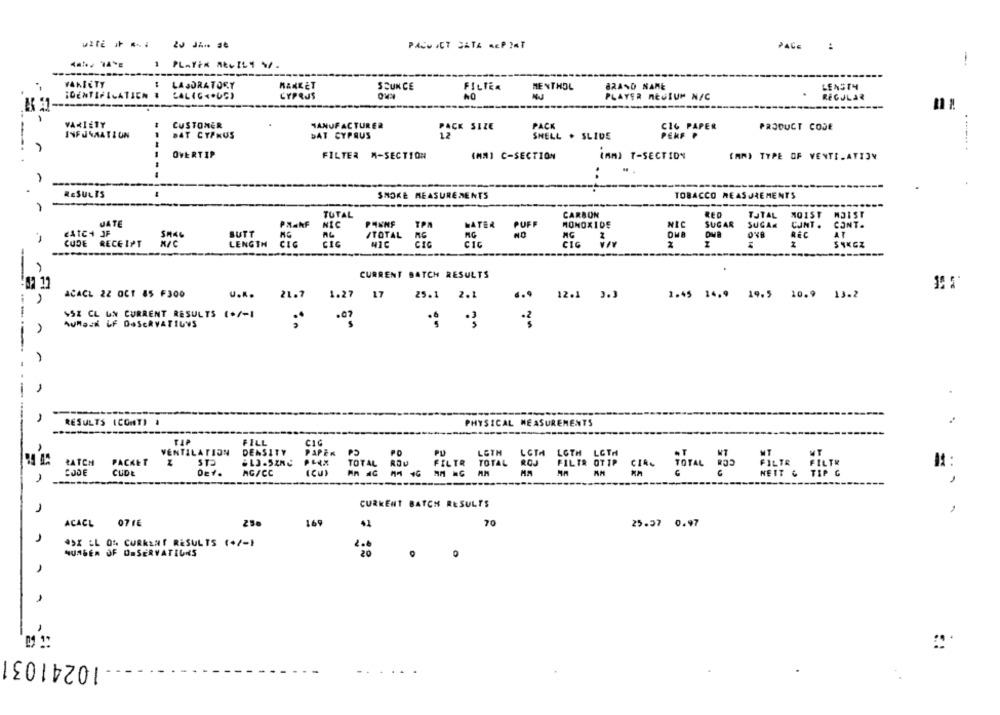
PACO ICT SATA MEP ?AT
PACE :
1 PLATEN AŁUILY Y/
-
---
VARIETY
LABORATORY
MARKET
SCUNCE
KRO
BRAND NAME
LEAST4
FILTER
MENTHOL
IDENTIFICATIEN &
LALIG <. US)
CYPRUS
PLAYER NESIUM NIC
REGULAR
VARIETY
CUSTONER
MANUFACTURER
PACK SIZE
PACK
C16 PAPER
PRODUCT CODE
INFORMATION
DAT CYPRUS
DAT CYPRUS
12
SHELL . SLIDE
PEKF &
---
OVERTIP
FILTER A-SECTION
(MM) C-SECTION
(An) T-SECTION
(AN) TYPE OF VENTILATION
RESULTS
SNOKE MEASUREMENTS
TOBACCO MEASUREMENTS
TUTAL
CARBON
TJTAL
PANNE
JATE
PA.NF
NEC
TPA
MATER
PUFF
MONOXIDE
NIC
SUGAR
SUGAR
CANT .
CONT.
CATCH OF
SMAG
SUTT
ITOTAL
RG
NG
REC
AT
-
CUDE
RECEIPT
LENGTH
CIC
CIC
NIC
CIC
CIC
CIG
CURRENT BATCH RESULTS
-F 11
ACACL 22 0CT 85 F300
u ...
21.7
1.27
17
25.1
2.1
6.9 12.1 3.3
2.45 14,9 19.5 10.9 13.2
$SZ CL UN CURRENT RESULTS (+/-1
.07
AUMand if DOSERVATIONS
-
-
RESULTS (CONT) .
PHYSICAL MEASUREMENTS
TAP
FILL
CIC
VENTILATION
DENSITY
PAPER
PO
PU
LOTH
LCTA
LOTH LCTH
PATCH
PACKET
ST2
TOTAL
ROU
FILTR
TOTAL
ROS
FILTR OTTP
CODE
CUDE
(CU)
Dev.
AG/CC
CURRENT BATCH RESULTS
07 TE
41
70
ACACL
250
169
25.37 0.97
45X LL Of CURRENT RESULTS (+/-1
NUMBER OF OBSERVATIONS
10241031